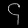
Digit: ၄